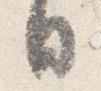
日